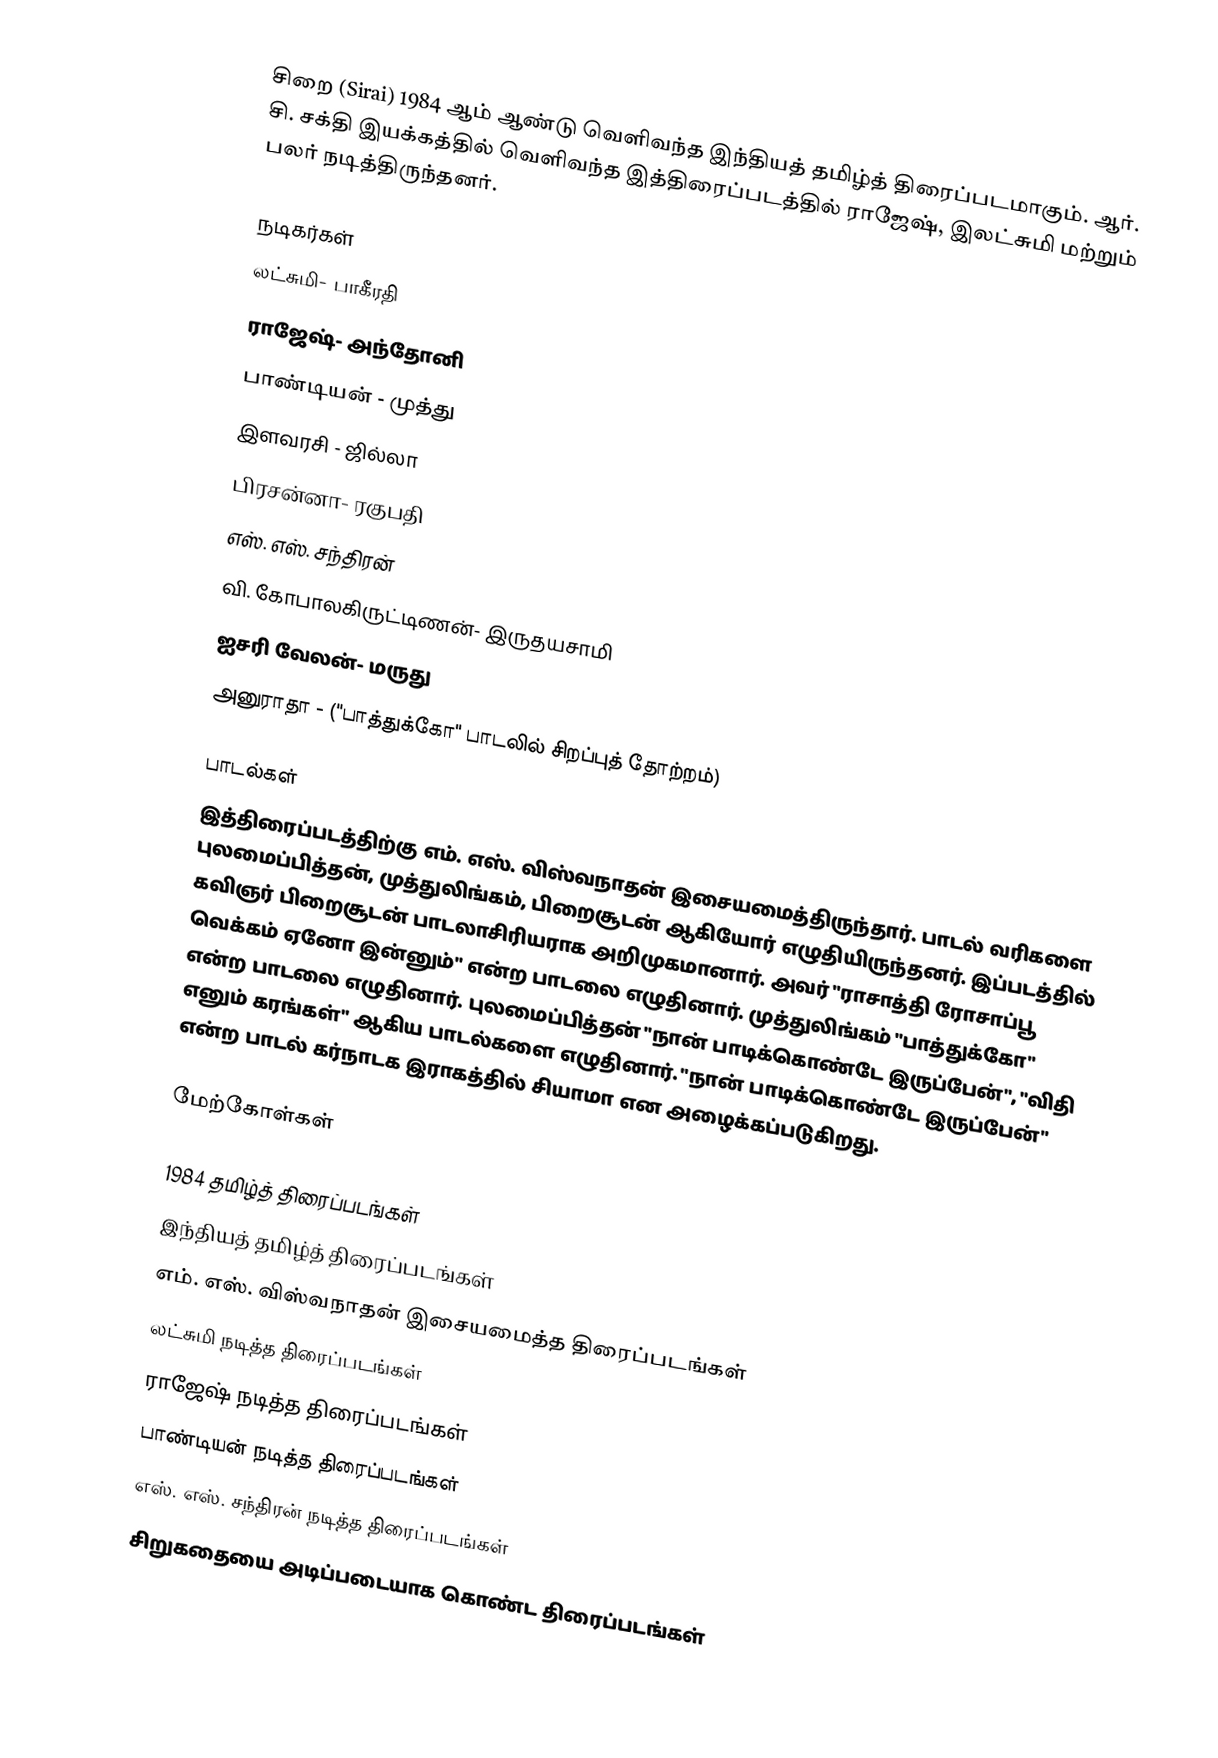
சிறை (Sirai) 1984 ஆம் ஆண்டு வெளிவந்த இந்தியத் தமிழ்த் திரைப்படமாகும். ஆர். சி. சக்தி இயக்கத்தில் வெளிவந்த இத்திரைப்படத்தில் ராஜேஷ், இலட்சுமி மற்றும் பலர் நடித்திருந்தனர்.

நடிகர்கள்
 லட்சுமி- பாகீரதி
 ராஜேஷ்- அந்தோனி
 பாண்டியன் - முத்து
 இளவரசி - ஜில்லா
 பிரசன்னா- ரகுபதி
 எஸ். எஸ். சந்திரன்
 வி. கோபாலகிருட்டிணன்- இருதயசாமி
 ஐசரி வேலன்- மருது
 அனுராதா - ("பாத்துக்கோ" பாடலில் சிறப்புத் தோற்றம்)

பாடல்கள்
இத்திரைப்படத்திற்கு எம். எஸ். விஸ்வநாதன் இசையமைத்திருந்தார். பாடல் வரிகளை புலமைப்பித்தன், முத்துலிங்கம், பிறைசூடன் ஆகியோர் எழுதியிருந்தனர்.  இப்படத்தில் கவிஞர் பிறைசூடன் பாடலாசிரியராக அறிமுகமானார். அவர் "ராசாத்தி ரோசாப்பூ வெக்கம் ஏனோ இன்னும்" என்ற பாடலை எழுதினார். முத்துலிங்கம் "பாத்துக்கோ" என்ற பாடலை எழுதினார். புலமைப்பித்தன் "நான் பாடிக்கொண்டே இருப்பேன்", "விதி எனும் கரங்கள்" ஆகிய பாடல்களை எழுதினார். "நான் பாடிக்கொண்டே இருப்பேன்" என்ற பாடல் கர்நாடக இராகத்தில் சியாமா என அழைக்கப்படுகிறது.

மேற்கோள்கள்

1984 தமிழ்த் திரைப்படங்கள்
இந்தியத் தமிழ்த் திரைப்படங்கள்
எம். எஸ். விஸ்வநாதன் இசையமைத்த திரைப்படங்கள்
லட்சுமி நடித்த திரைப்படங்கள்
ராஜேஷ் நடித்த திரைப்படங்கள்
பாண்டியன் நடித்த திரைப்படங்கள்
எஸ். எஸ். சந்திரன் நடித்த திரைப்படங்கள்
சிறுகதையை அடிப்படையாக கொண்ட திரைப்படங்கள்